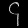
Digit: ၄